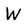
Character: W